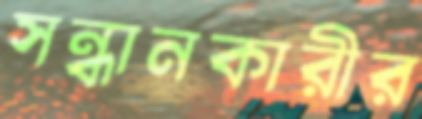
সন্ধানকারীর